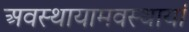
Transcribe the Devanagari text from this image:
अवस्थायामवस्थायां